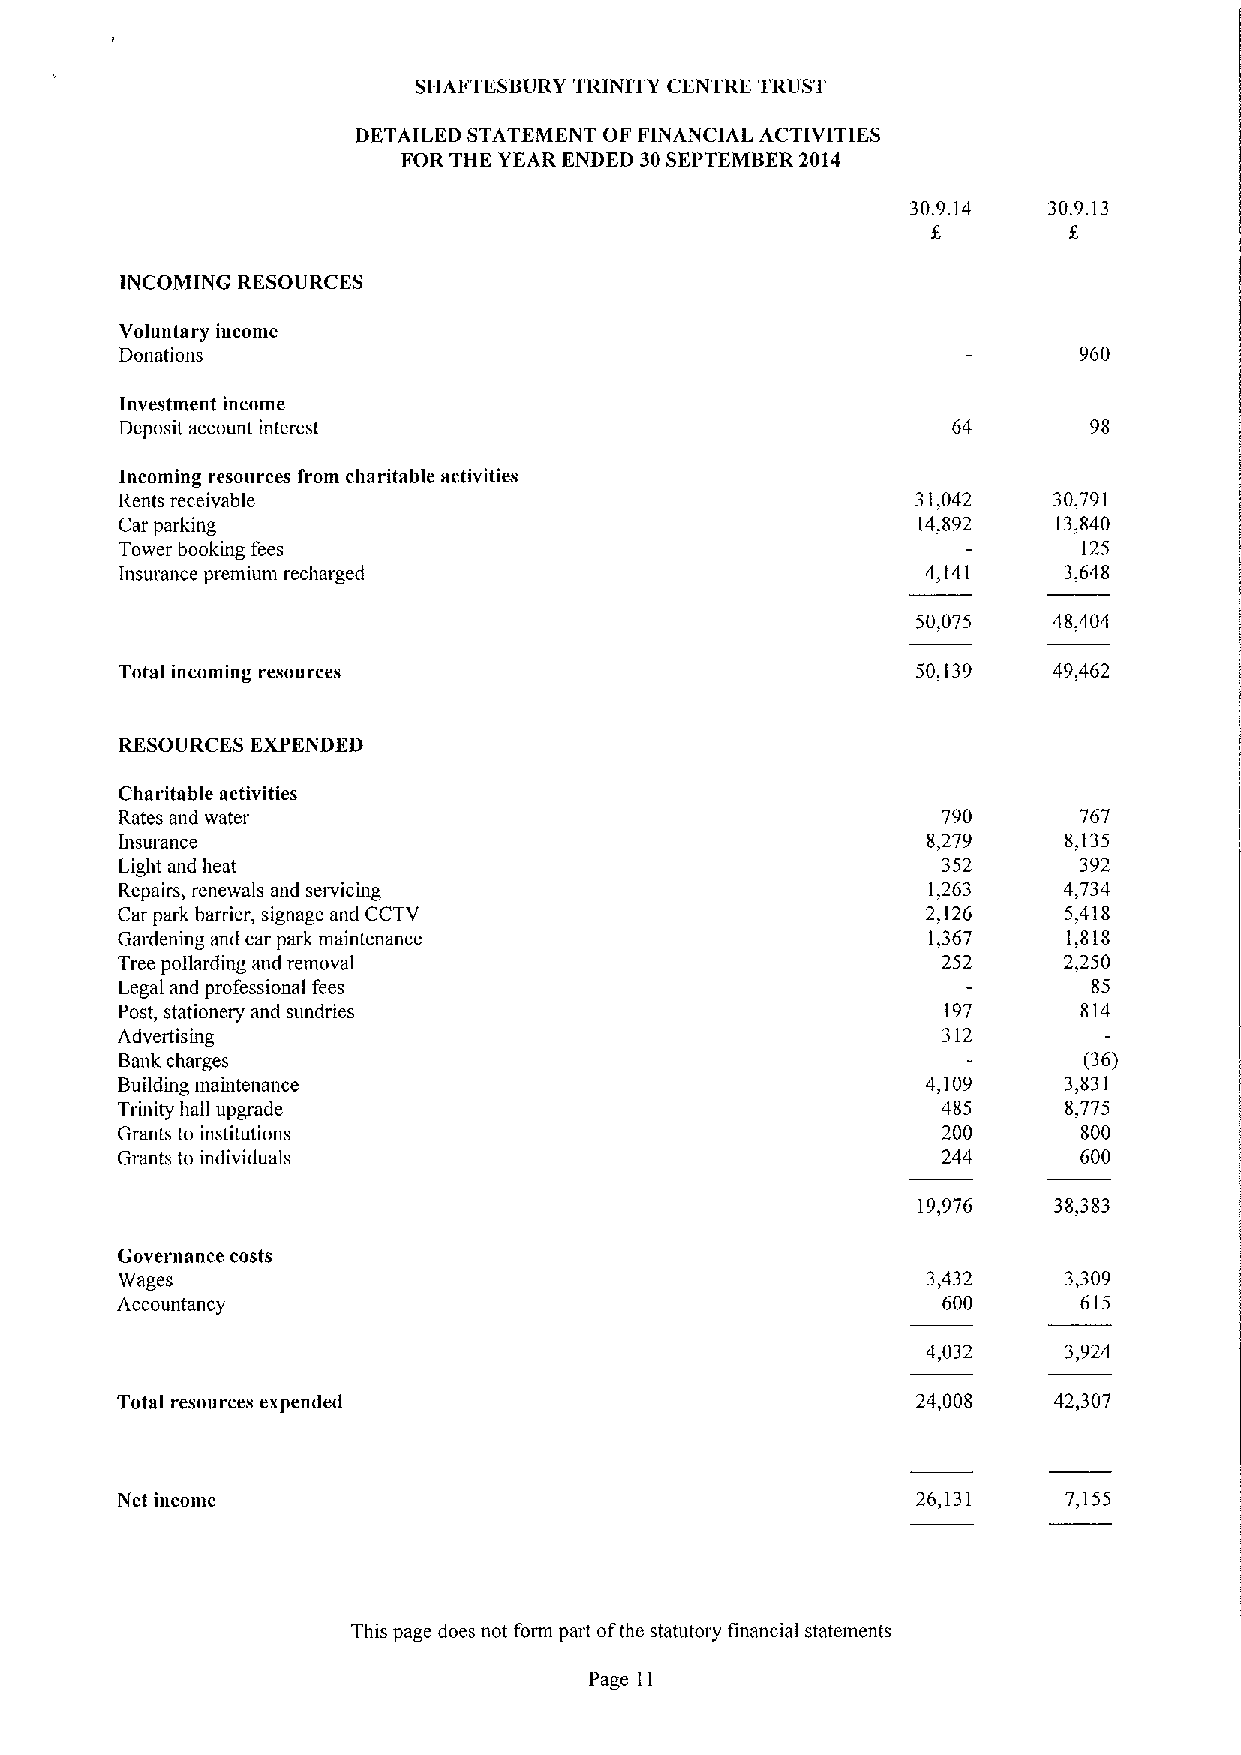
SHAFTESBURY TRINITY CENTRE TRUST
 DETAILED STATEMENT OF FINANCIAL ACTIVITIES
 FOR THE YEAR ENDED 30SEPTEMBER2014
 30.9.14  30.9.13
 INCOMING RESOURCES
 Voluntary income
 Donations                                                      960
 Investment income
 Deposit account interest                                        98
 Incoming resources from charitable activities
 Rents receivable                                     31,042   30,791
 Car parking                                          14,892   13,840
 Tower booking fees                                              125
 Insurance premium recharged                          4,141    3,648
 50,075   48,404
 Total incoming resources                             50,139   49,462
 RESOURCES EXPENDED
 Charitable activities
 Rates and water                                       790      767
 Insurance                                            8,279    8,135
 Light and heat                                        352      392
 Repairs, renewals and servicing                      1,263    4,734
 Car park barrier, signage and CCTV                   2,126    5,418
 Gardening and car park maintenance                   1,367     1,818
 Tree pollarding and removal                           252     2,250
 Legal and professional fees                                     85
 Post, stationery and sundries                          197      814
 Advertising                                           312
 Bank charges                                                    f36)
 Building maintenmtce                                 4,109    3,831
 Trinity hall upgrade                                  485      8,775
 Grants to institutions                                200       800
 Grants to individuals                                 244       600
 19,976   38,383
 Governance costs
 Wages                                                3,432    3,309
 Accountancy                                           600       615
 4,032     3,924
 Total resources expended                             24,008   42,307
 Net income                                           26,131    7,155
 This page does not form part ofthe statutory financial statmnents
 Page 11